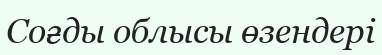
Соғды облысы өзендері